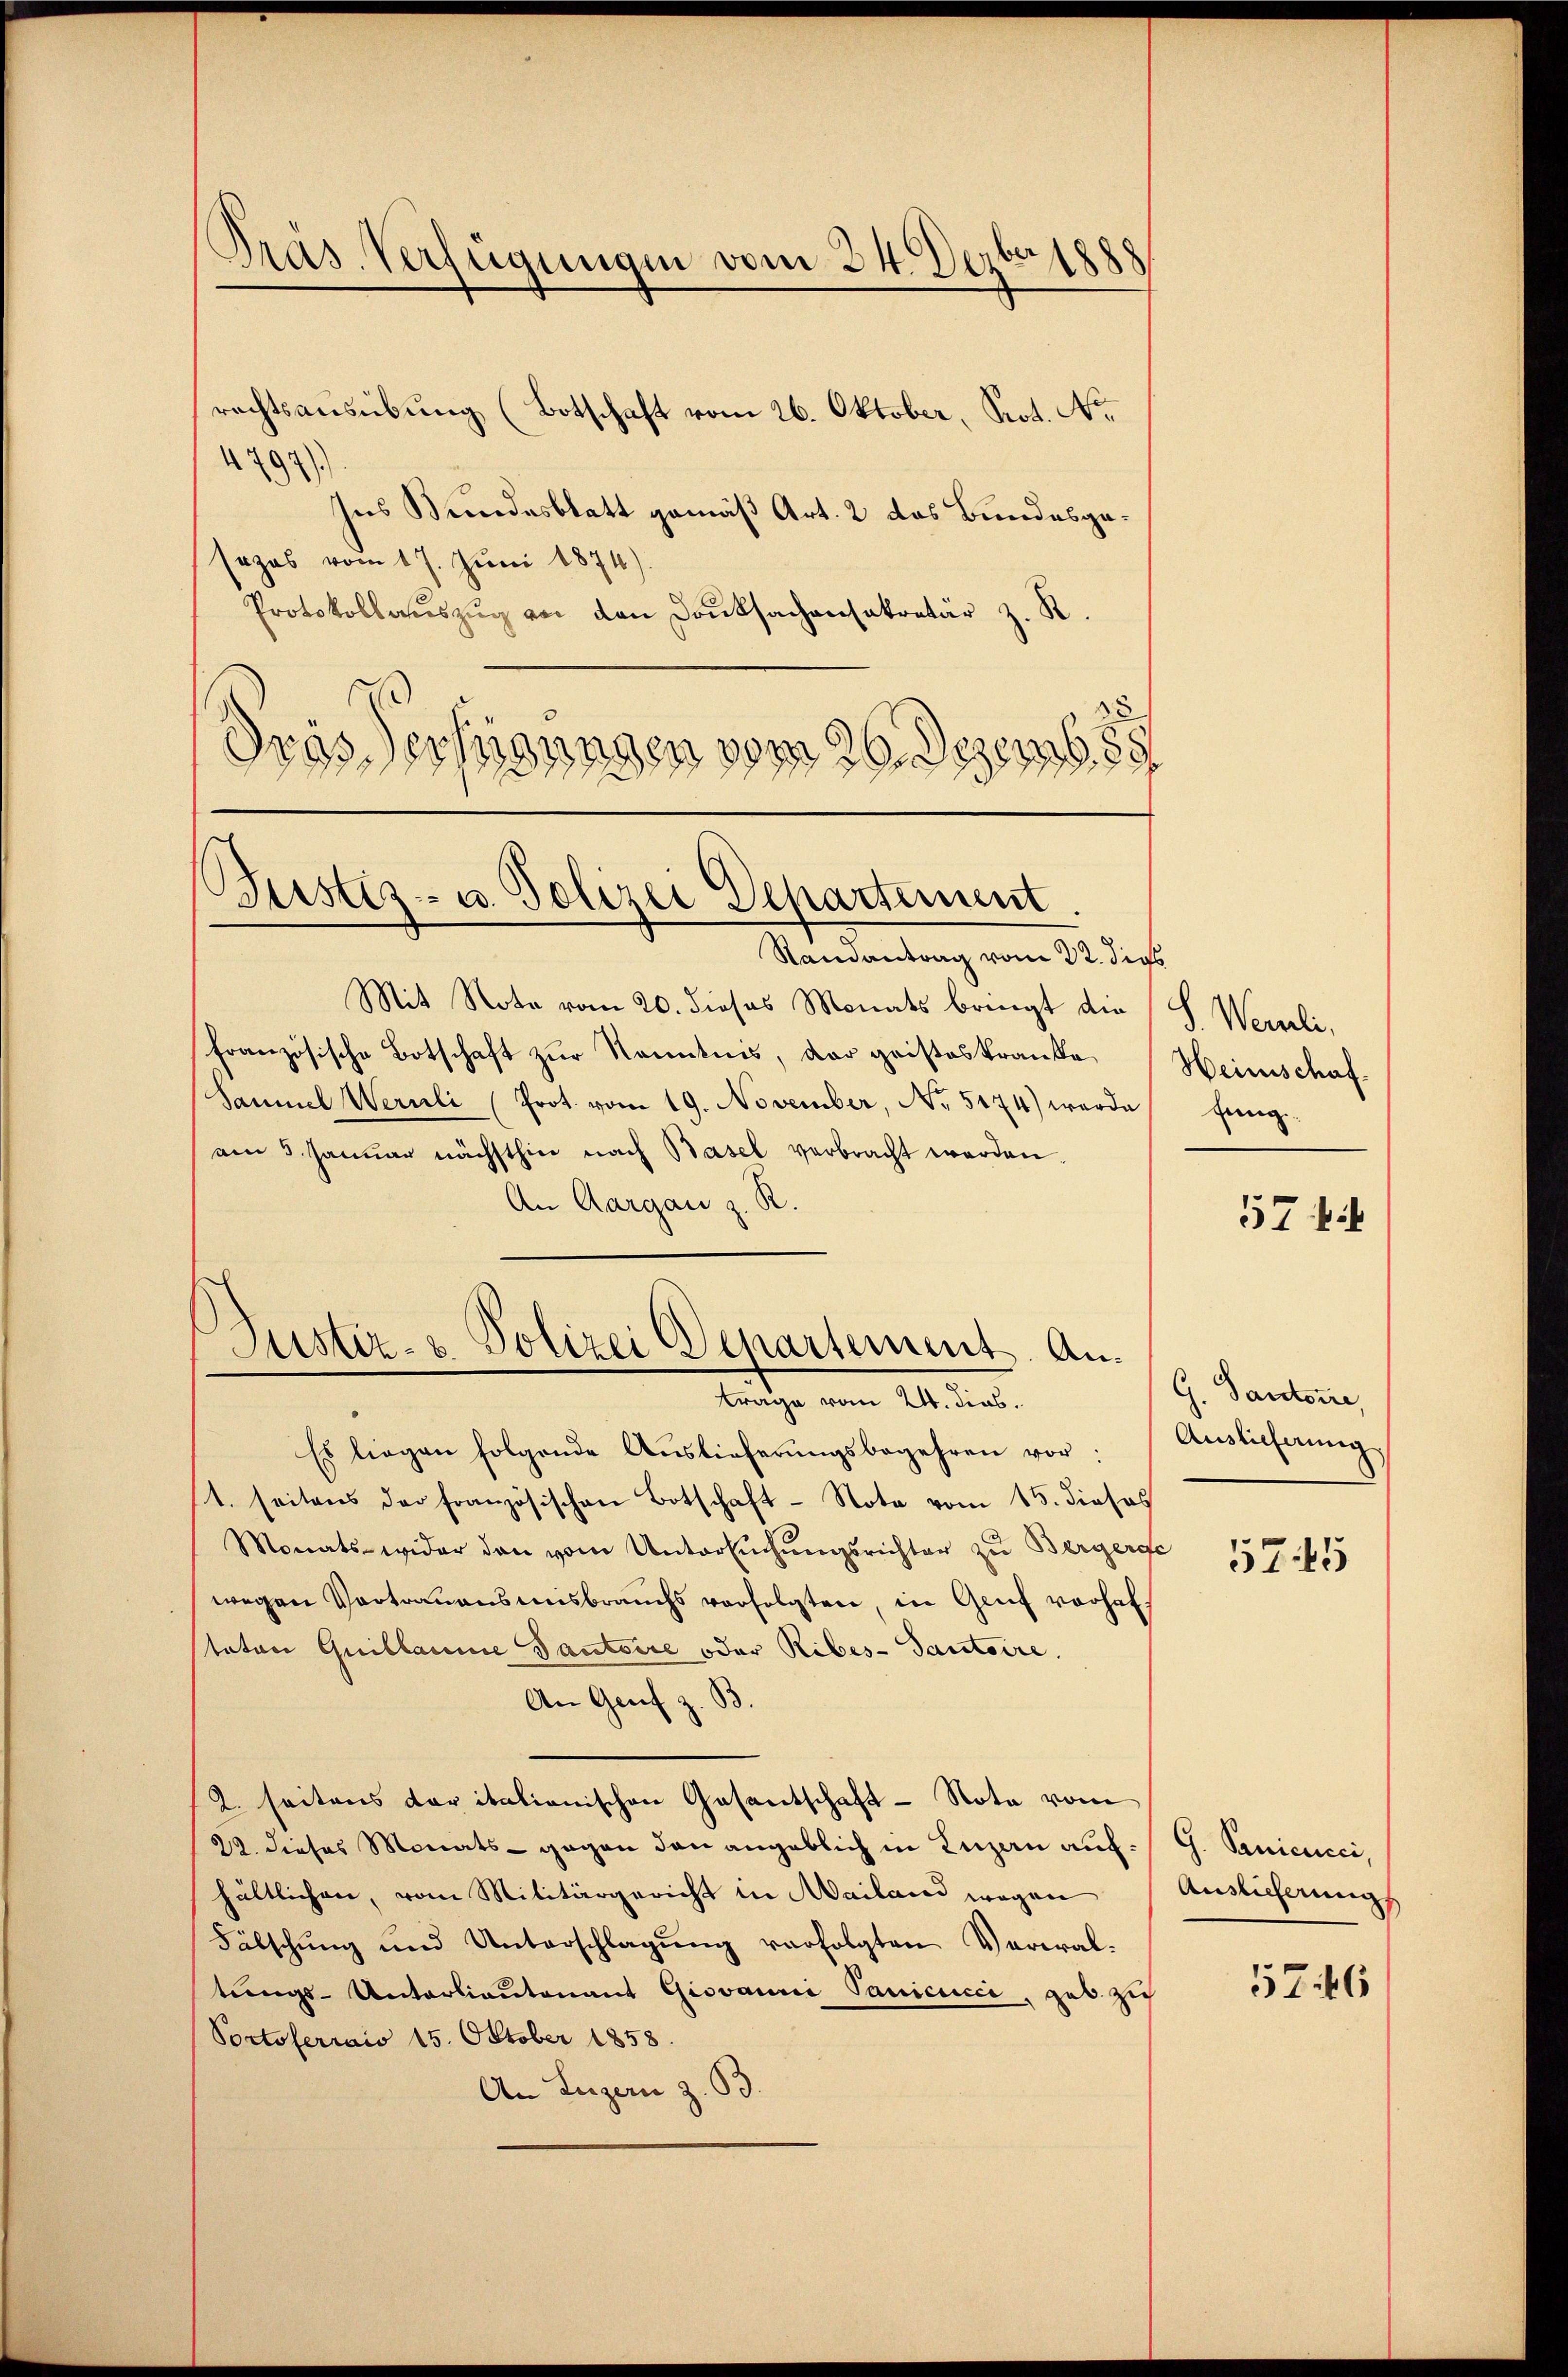
Pras Verfügungen vom 24. Dezbr. 1888

rechtsausübung (Botschaft vom 26. Oktober, Prot. No
4797)
Ins Bundesblatt gemäß Art. 2 das Bundesgesezes vom 17. Juni 1874).
Protokollaŭszŭg von den Danksachensekretär z. R.
Dras Verfügungen vom 26. Dezemb. 88

ustiz- u. Polizei Departement.

Justiz- & Polizei Departement. Antrage vom 24. dies.

Randantrag vom 22. dies
Mit Note vom 20. dieses Monats bringt die (S. Wernli,
französische Botschaft zur Kenntnis, der geisteskranke Heimschaf-
Saumel Wernli (Prot. vom 19. November, No. 5174) werde fung
am 5. Januar nächsthin nach Basel verbracht werden.
An Aargau z. R.
Es liegen folgende Auslieferŭngsbegehren vor:
1. seitens der französischen Botschaft - Note vom 15. dieses
Monats-wider den vom Untersuchungsrichter zu Bergersfe
wegen Vortrauensausbrauchs verfolgten, in Genf vorhaftatore Quillaine Pantoire oder Ribes-Santaire.
An Genf z. B.
2. seitens der italionischen Gasantschaft - Nota vom
22. dieses Monats - gegen den angeblich in Luzern auf: / G. Sanicucci,
hältlichen, vom Militärgericht in Mailand wegen
Fälschung und Unterschlagung verfolgten Verwaltŭngs-Unterlieutenant Giovanni Vanicicii, geb. zie
Portoferwais 15. Oktober 1858.
An Luzern z. 63.

574

G. Santone,
Auslieferung

5745

Auslieferungs

5746